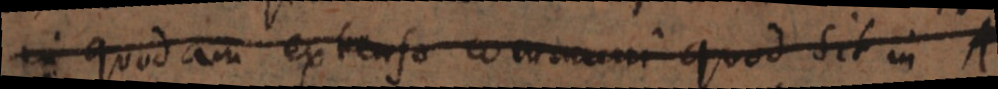
in quodam extenso communi quod sit in A